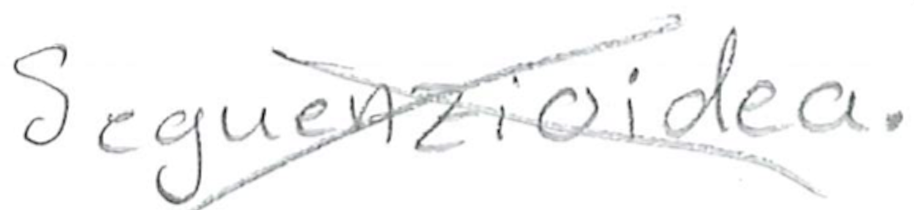
Text: Seguenzioidea.
Cross-out: cross
Writing tool: pencil